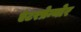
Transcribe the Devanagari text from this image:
एंटरप्रेन्योर